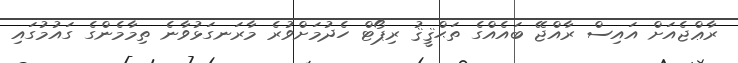
ރާޢްޖެއަށް އައިސް ރާއްޖޭ ބައެއްގެ ތަޙްޤީޤު ރިޕޯޓް ހެދުމަށްވުރެ މާރަނގަޅުވާނެ ތިމާމެންގެ ގައުމުގައި